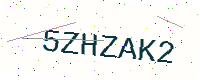
Text: 5ZHZAK2